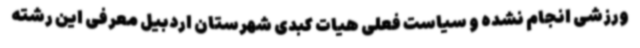
ورزشی انجام نشده و سیاست فعلی هیات کبدی شهرستان اردبیل معرفی این رشته